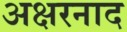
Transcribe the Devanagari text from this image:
अक्षरनाद